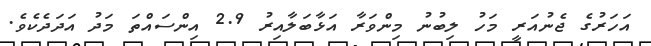
އަހަރުގެ ޖެނުއަރީ މަހު ލިބުނު މިންވަރާ އަޅާބަލާއިރު 2.9 އިންސައްތަ މަދު އަދަދެކެވެ.